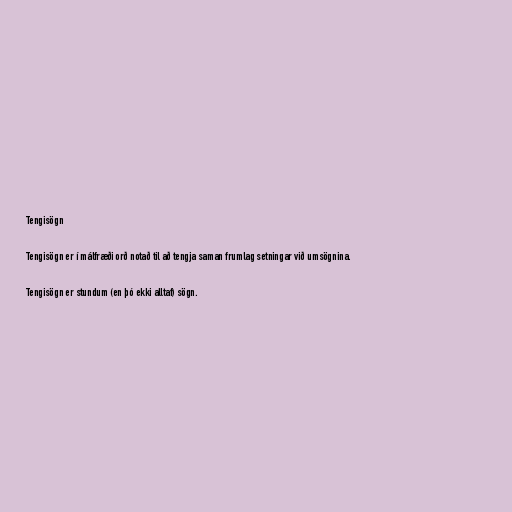
Tengisögn

Tengisögn er í málfræði orð notað til að tengja saman frumlag setningar við umsögnina.

Tengisögn er stundum (en þó ekki alltaf) sögn.